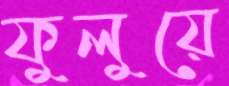
ফুলুয়ে